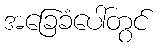
အခြေခံပေါ်တွင်